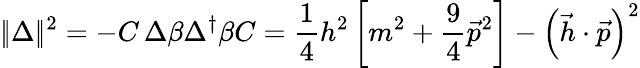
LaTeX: |\! |\Delta|\! |^{2}=-C\, \Delta\beta\Delta^{\dagger}\beta C=\frac 14h^{2}\left[m^{2}+\frac 94\vec{p}^{2}\right]-\left(\vec{h}\cdot\vec{p}\right)^{2}